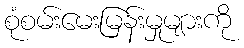
စုံစမ်းမေးမြန်းမှုများကို